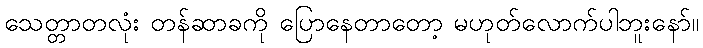
သေတ္တာတလုံး တန်ဆာခကို ပြောနေတာတော့ မဟုတ်လောက်ပါဘူးနော်။